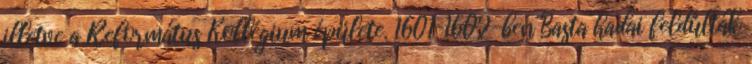
illetve a Református Kollégium épülete. 1601–1602-ben Basta hadai feldúlták